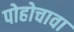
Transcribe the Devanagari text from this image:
पोहोचावा